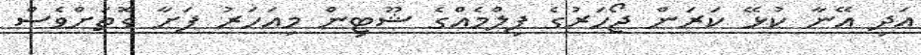
އަދި އޭނާ ކުޅޭ ކަރަން ޖޯހަރުގެ ފިލްމެއްގެ ޝޫޓިން މިއަހަރު ފަށާ ގޮތަށްވެސް